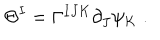
\Theta ^ { I } = \Gamma ^ { I J K } \partial _ { J } \psi _ { K } \; .